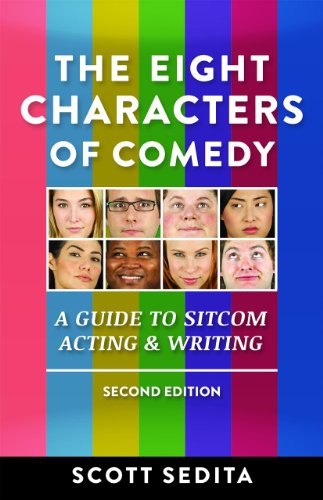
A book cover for The Eight Characters of Comedy: Guide to Sitcom Acting And Writing; Scott Sedita; Humor & Entertainment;